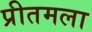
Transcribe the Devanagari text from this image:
प्रीतमला